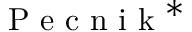
\mathrm { ~ P ~ e ~ c ~ n ~ i ~ k ~ } ^ { * }